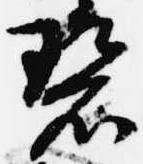
碧